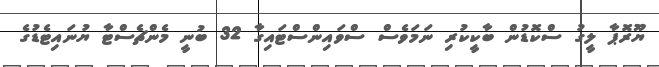
ޔޫރޮޕާ ލީގު ސްކޮޑުން ބާކީކުރި ނަމަވެސް ސްވައިންސްޓައިގާ 32 ބުނީ މެންޗެސްޓާ ޔުނައިޓެޑުގެ